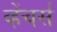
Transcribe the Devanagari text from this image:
व्हेंचर्स